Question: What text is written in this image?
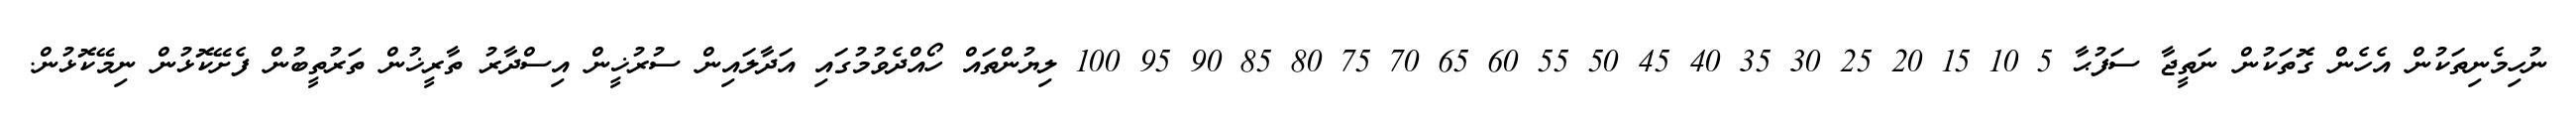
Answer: ނުހިމެނިތަކުން އެހެން ގޮތަކުން ނަތީޖާ ސަފުޙާ 5 10 15 20 25 30 35 40 45 50 55 60 65 70 75 80 85 90 95 100 ލިޔުންތައް ހޯއްދެވުމުގައި އަދާލައިން ސުރުޚީން އިސްދާރު ތާރީޚުން ތަރުތީބުން ފެށޭކޮޅުން ނިމޭކޮޅުން.